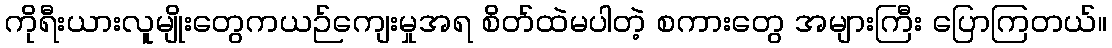
ကိုရီးယားလူမျိုးတွေကယဉ်ကျေးမှုအရ စိတ်ထဲမပါတဲ့ စကားတွေ အများကြီး ပြောကြတယ်။